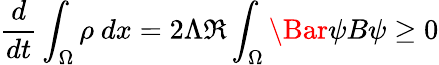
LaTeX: \frac{d}{dt}\int_{\Omega}\rho\ dx=2\Lambda\Re\int_{\Omega}\Bar{\psi}B\psi\ge 0